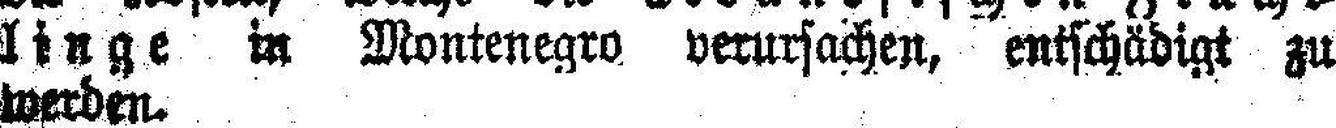
linge in Montenegro verursachen, entschädigt zu